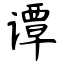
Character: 谭